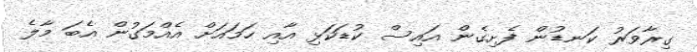
ގިރާވަރު ކަނޑުން ފެށިގެން އައިސް ކުޑަކަޅި އާއި ހަމައަށް އެއްމަގުން އެބަ މާލެ